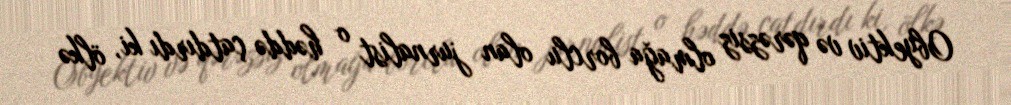
Obyektiv və qərəzsiz olmağa borclu olan jurnalist o həddə çatdırdı ki, ölkə